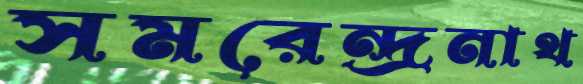
সমরেন্দ্রনাথ